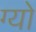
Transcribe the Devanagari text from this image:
ग्यो